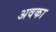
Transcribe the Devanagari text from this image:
अवका